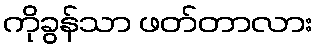
ကိုခွန်သာ ဖတ်တာလား